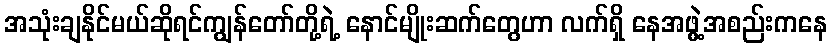
အသုံးချနိုင်မယ်ဆိုရင်ကျွန်တော်တို့ရဲ့ နောင်မျိုးဆက်တွေဟာ လက်ရှိ နေအဖွဲ့အစည်းကနေ